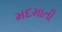
મદમાતી